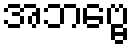
အဘဗ္ဗေ